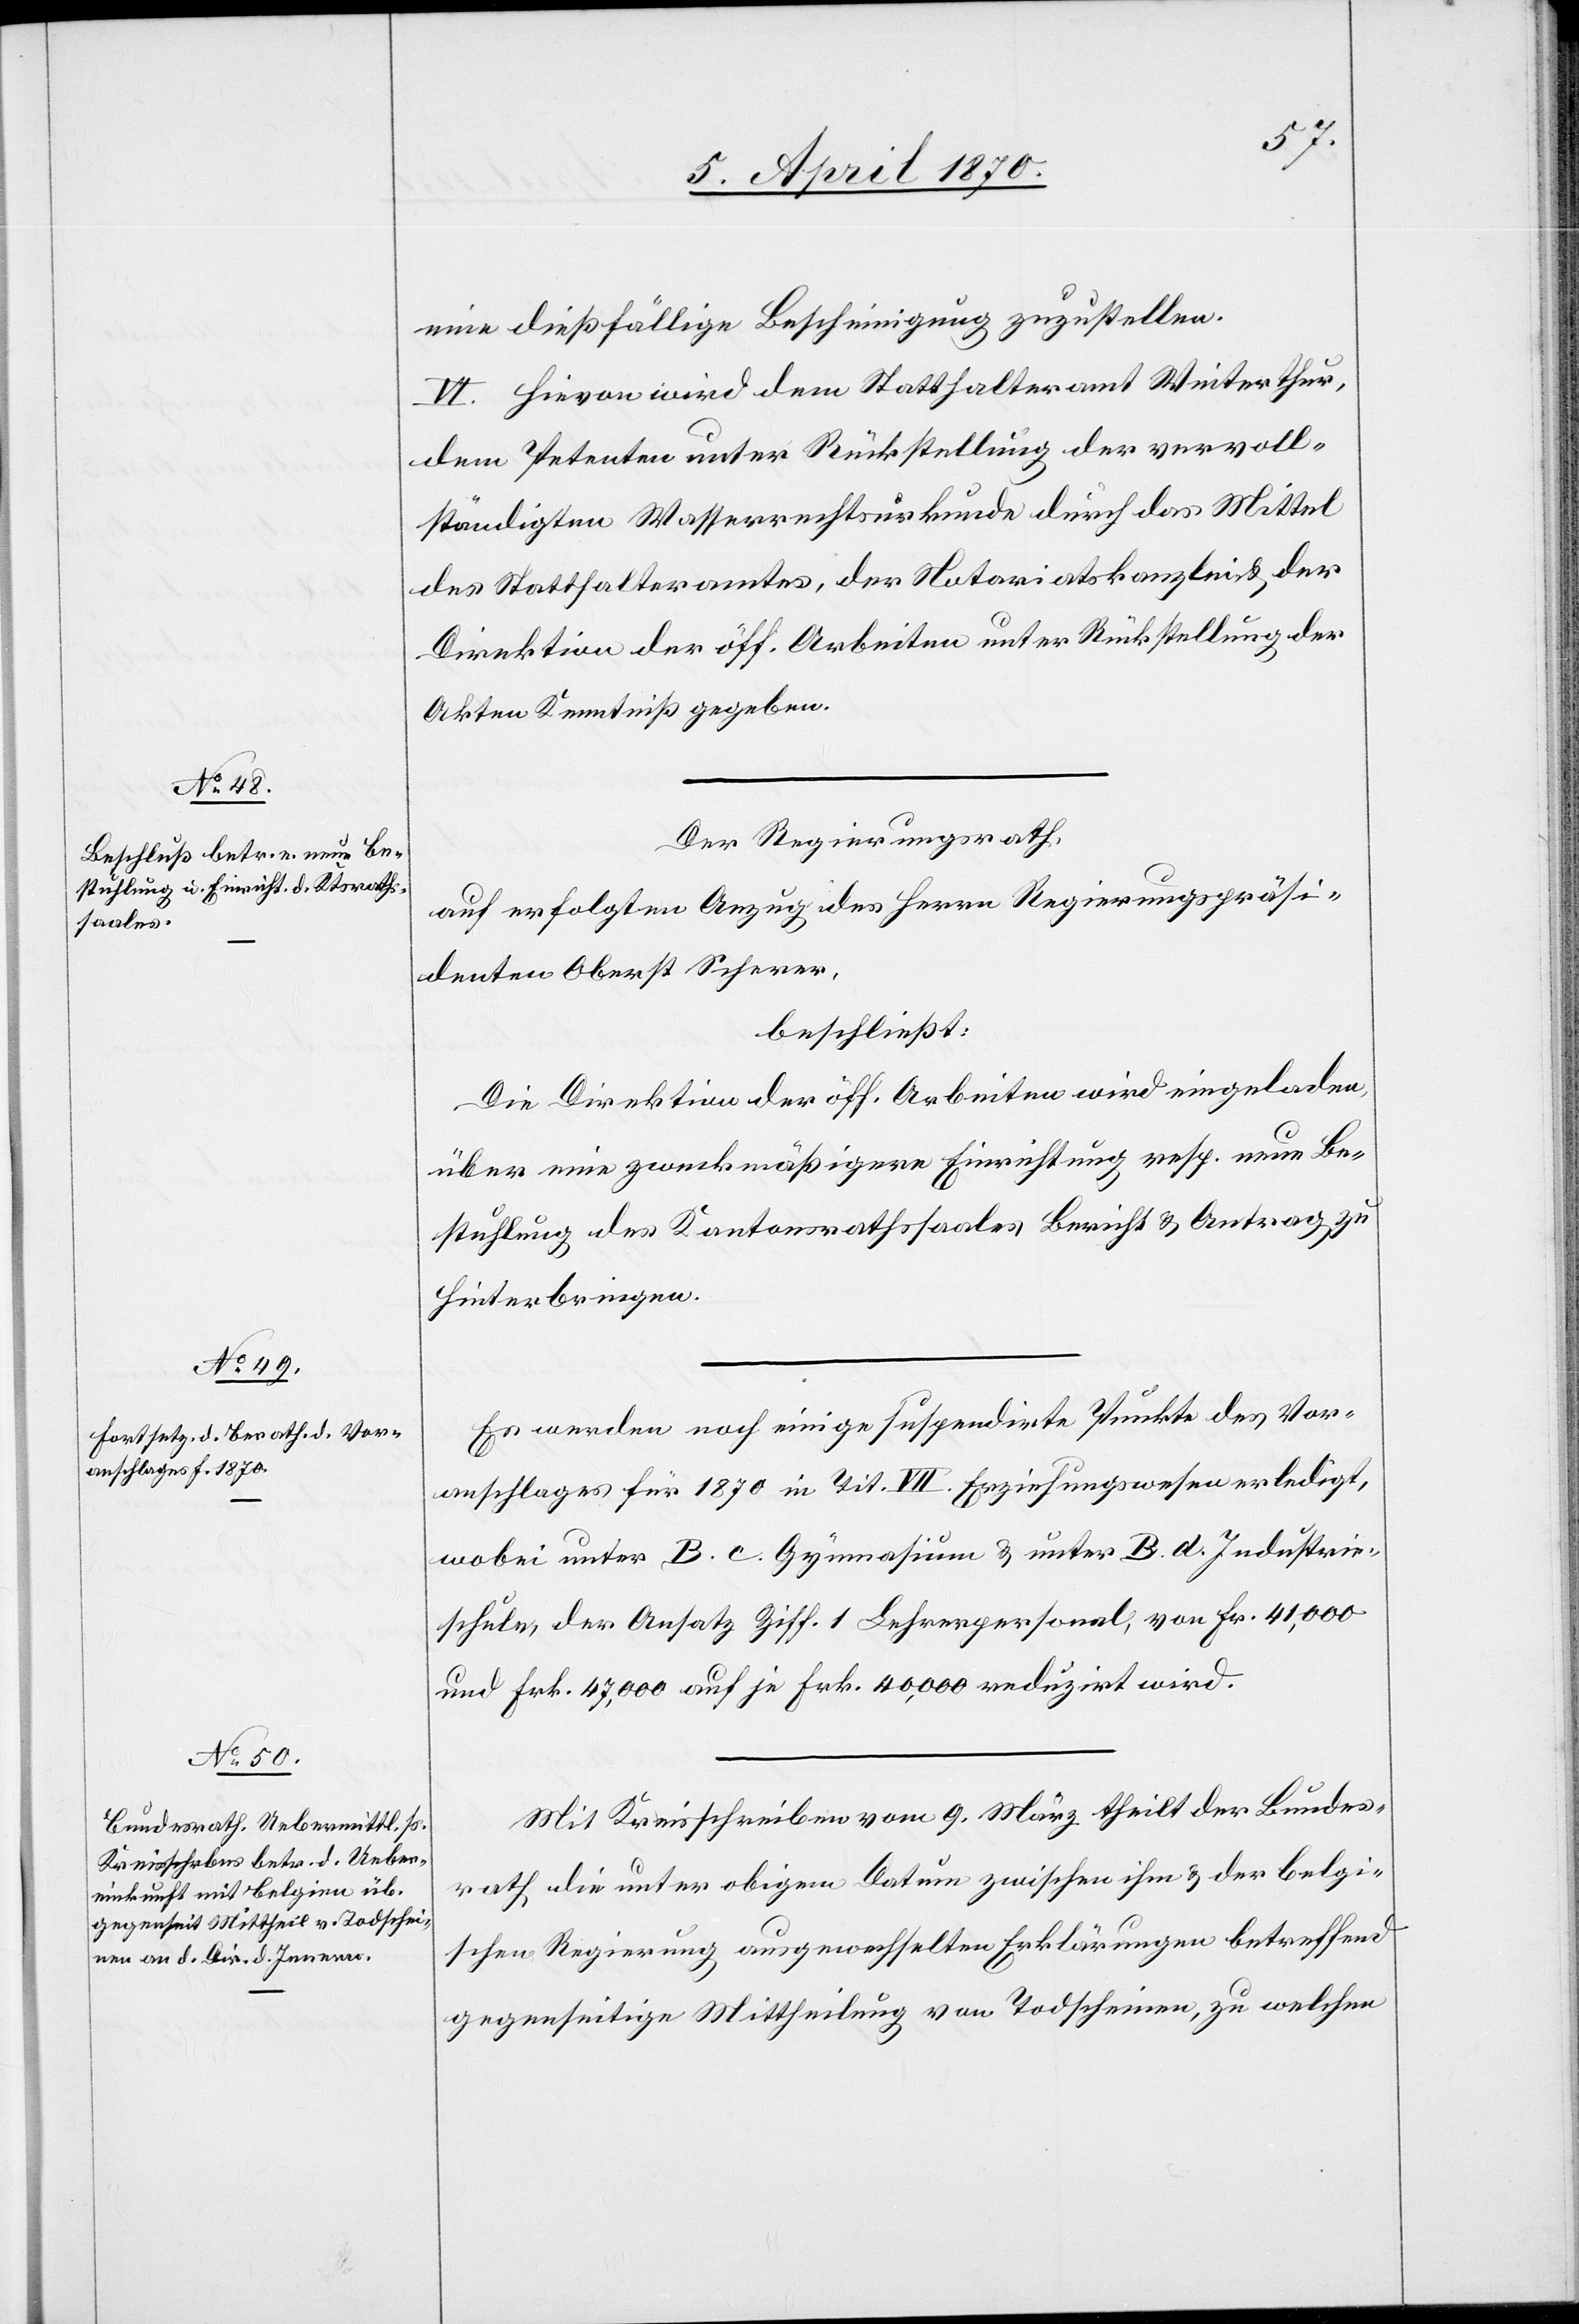
eine dießfällige Bescheinigung zuzustellen.
VI. Hievon wird dem Statthalteramt Winterthur,
dem Petenten unter Rückstellung der vervoll¬
ständigten Wasserrechtsurkunde durch das Mittel
des Statthalteramtes, der Notariatskanzlei & der
Direktion der öff. Arbeiten unter Rückstellung der
Akten Kenntniß gegeben.
Der Regierungsrath,
auf erfolgten Anzug [sic!] des Herrn Regierungspräsi¬
denten Oberst Scherer,
beschließt:
Die Direktion der öff. Arbeiten wird eingeladen,
über eine zweckmäßigere Einrichtung resp. neue Be¬
stuhlung des Kantonsrathssaales Bericht & Antrag zu
hinterbringen.
Es werden noch einige supsendirte Punkte des Vor¬
anschlages für 1870 in Tit. VIII. Erziehungswesen erledigt,
wobei unter B. c. Gymnasium & und unter B. d. Industrie¬
schule, der Ansatz Ziff. 1 Lehrerpersonal, von Fr. 41,000
und Frk. 47,000 auf je Frk. 40,000 reduzirt wird.
Mit Kreisschreiben vom 9. März theilt der Bundes¬
rath die unter obigem Datum zwischen ihm & der belgi¬
schen Regierung ausgewechselten Erklärungen betreffend
gegenseitige Mittheilung von Todscheinen, zu welchen